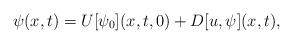
LaTeX: \begin{align*}\psi(x, t)=U[\psi_{0}](x, t, 0)+D[u, \psi](x, t), \end{align*}